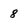
Character: 8